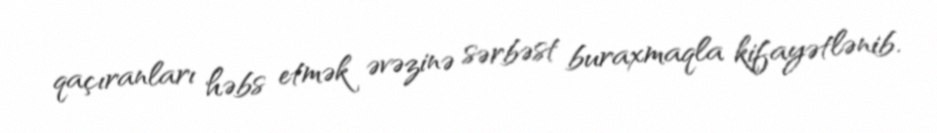
qaçıranları həbs etmək əvəzinə sərbəst buraxmaqla kifayətlənib.